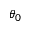
\theta _ { 0 }